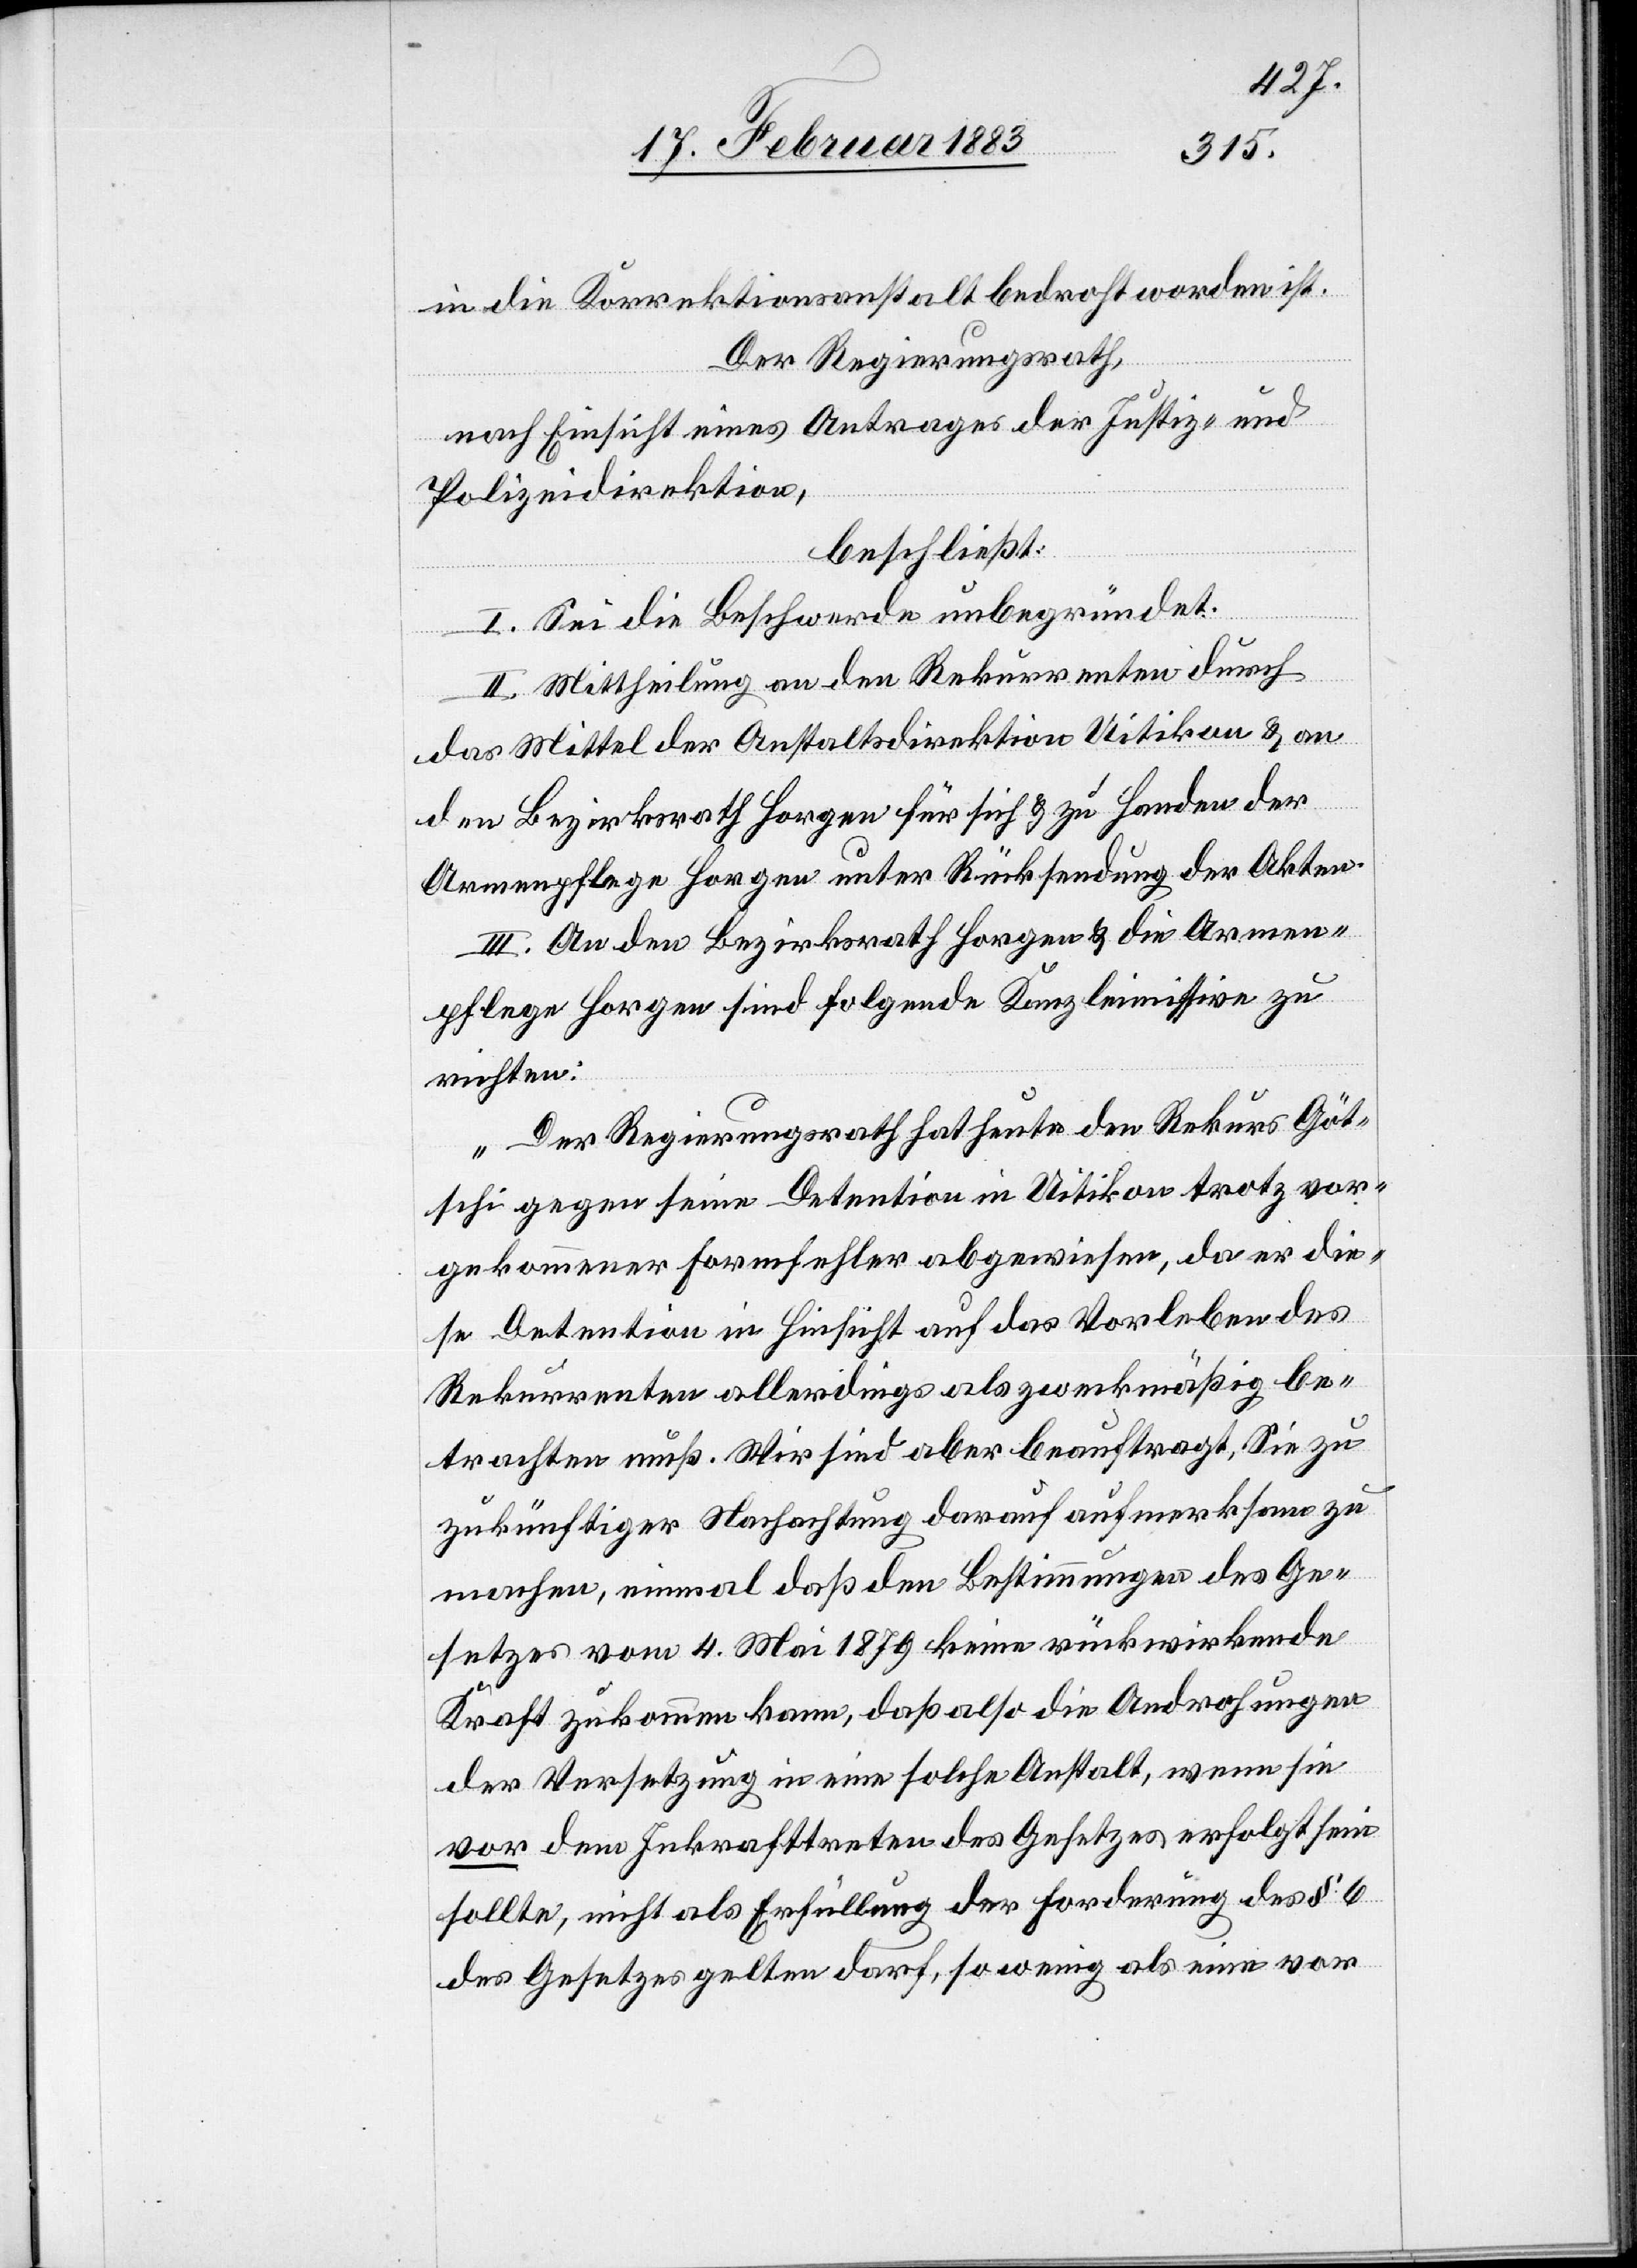
in die Korrektionsanstalt bedroht worden ist.
Der Regierungsrath,
nach Einsicht eines Antrages der Justiz- &
Polizeidirektion,
beschließt:
I. Sei die Beschwerde unbegründet.
II. Mittheilung an den Rekurrenten durch
das Mittel der Anstaltsdirektion Uitikon & an
den Bezirksrath Horgen für sich & zu Handen der
Armenpflege Horgen unter Rücksendung der Akten.
III. An den Bezirksrath Horgen & die Armen¬
pflege Horgen sind folgende Kanzleimissive zu
richten:
„Der Regierungsrath hat heute den Rekurs Göt¬
schi gegen seine Detention in Uitikon trotz vor¬
gekommener Formfehler abgewiesen, da er di¬
e Detention in Hinsicht auf das Vorleben des
Rekurrenten allerdings als zweckmäßig be¬
trachten muß. Wir sind aber beauftragt, Sie zu
zukünftiger Nachachtung darauf aufmerksam zu
machen, einmal daß den Bestimmungen des Ge¬
setzes vom 4. Mai 1879 keine rückwirkende
Kraft zukommen kann, daß also die Androhungen
der Versetzung in eine solche Anstalt, wenn sie
vor dem Inkrafttreten des Gesetzes erfolgt sein
[sic!], nicht als Erfüllung der Forderung des § 6
des Gesetzes gelten darf, so wenig als eine vor